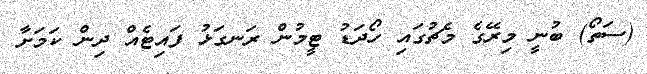
(ސަތޯ) ބުނީ މިރޭގެ މެޗުގައި ހޯދަޑު ޓީމުން ރަނގަޅު ފައިޓެއް ދިން ކަމަށާ